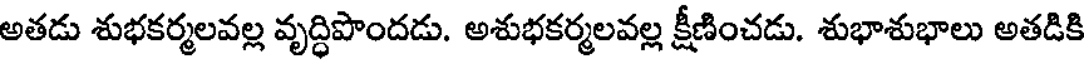
అతడు శుభకర్మలవల్ల వృద్ధిపొందడు. అశుభకర్మలవల్ల క్షీణించడు. శుభాశుభాలు అతడికి